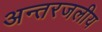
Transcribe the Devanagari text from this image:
अन्‍तरजलीय